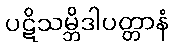
ပဋိသမ္ဘိဒါပတ္တာနံ